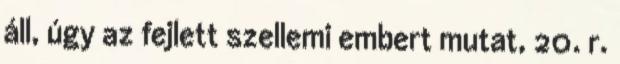
áll, úgy az fejlett szellemi embert mutat, 20. r.